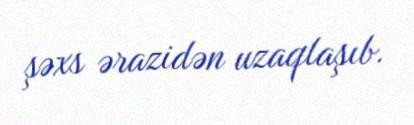
şəxs ərazidən uzaqlaşıb.